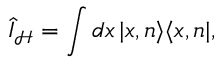
\hat { I } _ { \mathcal { H } } = \int d x \, | x , n \rangle \langle x , n | ,